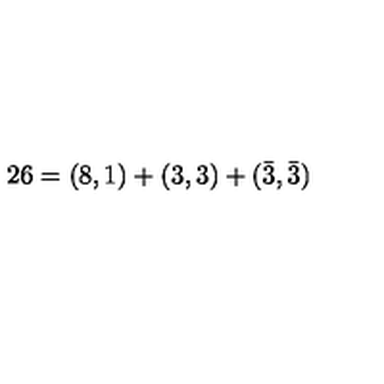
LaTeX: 2 6 = ( 8 , 1 ) + ( 3 , 3 ) + ( \bar { 3 } , \bar { 3 } )